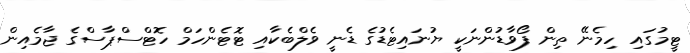
ޓީމުގައި ހިމެނޭ ތިން ފޯވާޑުންނަކީ ޔުނައިޓެޑުގެ ޑެނީ ވެލްބެކާއި ޓޮޓެންހަމް ހޮޓްސްޕާސްގެ ޖާމެއިން